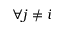
\forall j \ne i